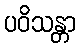
ပဝိသန္တာ